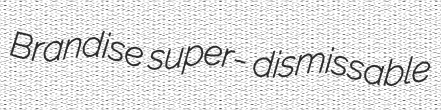
Brandise super- dismissable